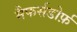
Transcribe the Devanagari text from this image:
मैफर्सडोर्फ़